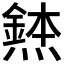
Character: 𪹸